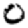
Digit: 0